Report on the Civil Veterinary Department, Eastern Bengal and Assam - 1907-1911
Year: 1907
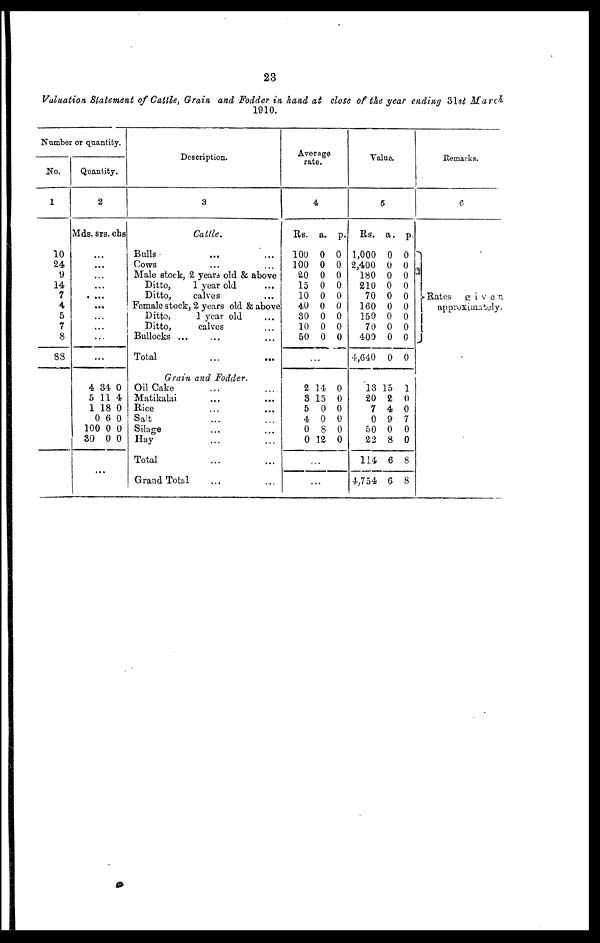
23
Valuation Statement of Cattle, Grain and Fodder in hand at close of the year ending 31st March
1910.
Number or quantity.
No.
1
10
24
9
14
7
4
5
7
8
83
Quantity.
2
Mds. srs. chs
...
...
...
...
...
...
...
...
...
...
4 34 0
5 11 4
1 18 0
0 6 0
100 0 0
30 0 0
Description.
3
Cattle.
Bulls ... ...
Cows ... ...
Male stock, 2 years old & above
Ditto,
1 year old
Ditto,
calves
Female stock, 2 years old & above
Ditto,
1 year old
Ditto,
calves
Bullocks ... ... ...
Total ... ...
Grain and Fodder.
Oil Cake ... ...
Matikalai ... ...
Rice ... ...
Salt ... ...
Silage ... ...
Hay ... ...
Total ... ...
Grand Total ... ...
Average
rate.
4
Rs. a. p.
100 0 0
100 0 0
20 0 0
15 0 0
10 0 0
40 0 0
30 0 0
10 0 0
50 0 0
...
2 14 0
3 15 0
5 0 0
4 0 0
0 8 0
0 12 0
...
...
Value.
5
Rs. a. p.
1,000 0 0
2,400 0 0
180 0 0
210 0 0
70 0 0
160 0 0
150 0 0
70 0 0
400 0 0
4,640 0 0
13 15 1
20 2 0
7 4 0
0 9 7
50 0 0
22 8 0
114 6 8
4,754 6 8
Remarks.
6
Rates
given
approximately.